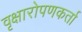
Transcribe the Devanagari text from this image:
वृक्षारोपणकर्ता